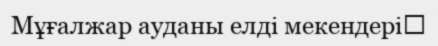
Мұғалжар ауданы елді мекендері‎